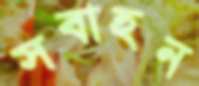
সবাহন